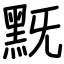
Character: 黖